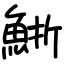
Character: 䱑